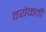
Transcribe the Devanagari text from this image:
वयेकती